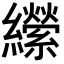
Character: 𦇝